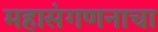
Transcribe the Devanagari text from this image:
महासंगणनाचा